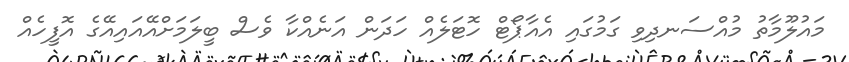
މައުލޫމާތު މުއްސަނދިވި ގަމުގައި އެއާޕޯޓް ހޮޓަލެއް ހަދަން އަނެއްކާ ވެސް ބީލަމަށްއޭއައިއޭގެ އޮފީހެއް